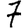
Digit: 7